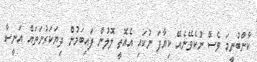
ކާންބުނީމަ ވެސް ނުކެވޭނެއޭ ކިޔާފަ ނުކައި އެއޮތީ ލޮލުން ފައިބަމުން ދިޔަކަރުނަތައް އަނީސާ